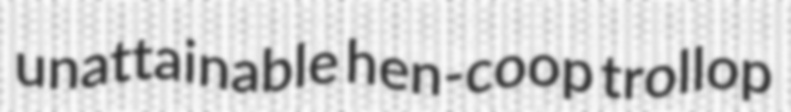
unattainable hen-coop trollop